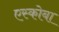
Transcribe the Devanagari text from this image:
एस्कोबा